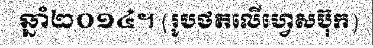
ឆ្នាំ២០១៤។ (រូបថតលើហ្វេសប៊ុក)